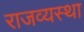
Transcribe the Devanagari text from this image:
राजव्यस्था